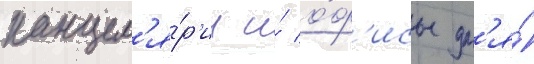
канцел'я́р'ии и́ о́ф'исы дл'я́